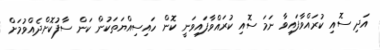
އަދި ސޮއި ކުރައްވާފައިވާ ނަމަ ސޮއި ކުރައްވާފައިިވަނީ ކޮން ހައިސިއްޔަތަކުން ކަން ސާފުކޮށްދެއްވުމަށް